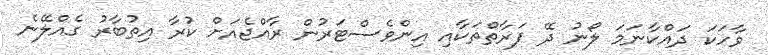
ވާހަކަ ދައްކާނަމަ ލޯނު ދޭ ފަރާތްތަކާއި އިންވެސްޓަރުން ރާއްޖެއަށް ކުރާ އިތުބާރު ގެއްލޭނެ